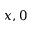
x , 0